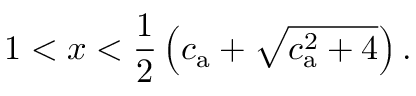
1 < x < \frac { 1 } { 2 } \left( c _ { \mathrm { a } } + \sqrt { c _ { \mathrm { a } } ^ { 2 } + 4 } \right) .